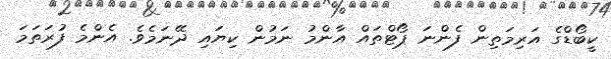
ކީބޯޑްގެ އަރިމަތިން ފެންނަ ޕޯޓްތައް އާންމު ނަމުން ކިޔައި ދޭނަމެވެ. އެންމެ ފުރަތަމަ